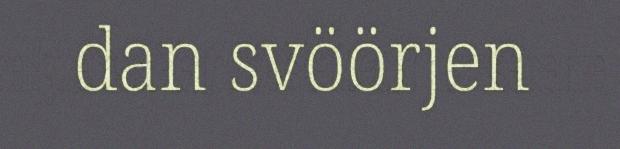
dan svöörjen